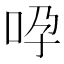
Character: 𠱆